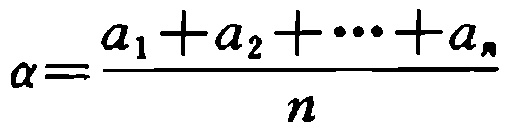
\[\alpha=\frac{a_{1}+a_{2}+\cdots+a_{n}}{n}\]